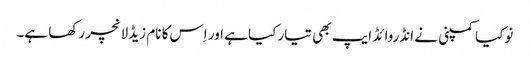
نوکیا کمپنی نے انڈروائڈ ایپ بھی تیار کیا ہے اور اِس کا نام زیڈ لانچر رکھا ہے۔